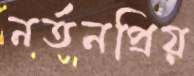
নর্তনপ্রিয়